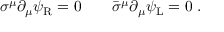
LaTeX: \sigma ^ { \mu } \partial _ { \mu } \psi _ { \mathrm { { R } } } = 0 \qquad { \bar { \sigma } } ^ { \mu } \partial _ { \mu } \psi _ { \mathrm { { L } } } = 0 ~ .